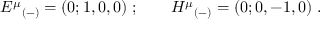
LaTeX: { E ^ { \mu } } _ { ( - ) } = ( 0 ; 1 , 0 , 0 ) \; ; \qquad { H ^ { \mu } } _ { ( - ) } = ( 0 ; 0 , - 1 , 0 ) \; .